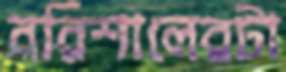
বরিশালেরটা